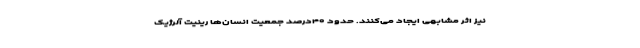
نیز اثر مشابهی ایجاد می‌کنند. حدود ۴۰درصد جمعیت انسان‌ها رینیت آلرژیک